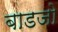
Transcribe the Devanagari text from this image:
बाडजो